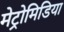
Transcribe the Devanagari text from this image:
मेट्रोमिडिया